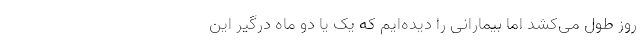
روز طول می‌کشد اما بیمارانی را دیده‌ایم که یک یا دو ماه درگیر این